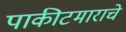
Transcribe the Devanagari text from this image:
पाकीटमाराचे